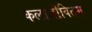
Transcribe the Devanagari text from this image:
कलाजीवितम्